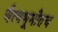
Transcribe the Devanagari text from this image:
चैत्यभूमीतच